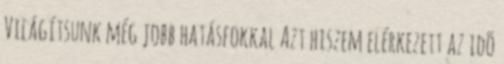
Világítsunk még jobb hatásfokkal Azt hiszem elérkezett az idõ